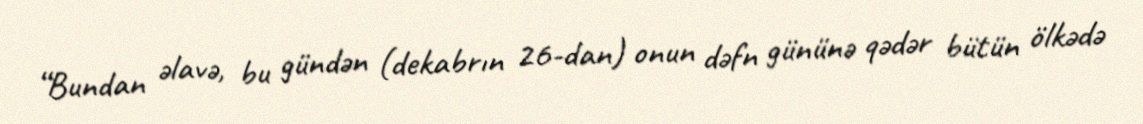
“Bundan əlavə, bu gündən (dekabrın 26-dan) onun dəfn gününə qədər bütün ölkədə